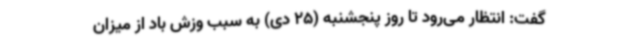
گفت: انتظار می‌رود تا روز پنجشنبه (25 دی) به‌ سبب وزش باد از میزان